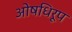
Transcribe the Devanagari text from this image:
ओषधिरूप